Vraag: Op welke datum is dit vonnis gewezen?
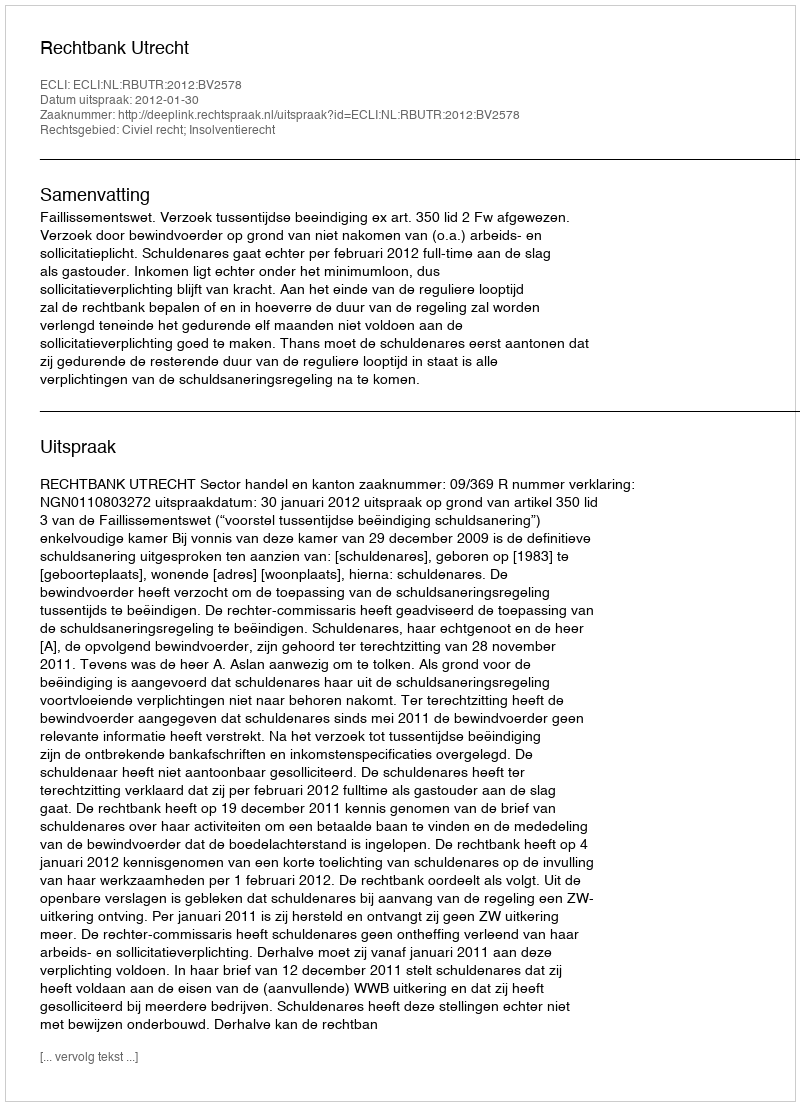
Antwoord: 2012-01-30